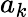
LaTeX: a_{k}